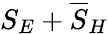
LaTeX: S_{E}+\overline{{S}}_{H}